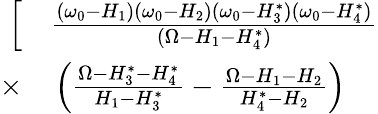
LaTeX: \begin{array}{rl}{\Big[}&{{}\frac{(\omega_{0}-H_{1})(\omega_{0}-H_{2})(\omega_{0}-H_{3}^{*})(\omega_{0}-H_{4}^{*})}{(\Omega-H_{1}-H_{4}^{*})}}\\ {\times}&{{}\left(\frac{\Omega-H_{3}^{*}-H_{4}^{*}}{H_{1}-H_{3}^{*}}-\frac{\Omega-H_{1}-H_{2}}{H_{4}^{*}-H_{2}}\right)}\end{array}